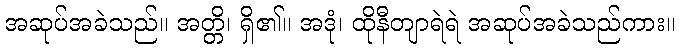
အဆုပ်အခဲသည်။ အတ္တိ၊ ရှိ၏။ အဒုံ၊ ထိုနီတျာရဲရဲ အဆုပ်အခဲသည်ကား။